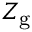
Z _ { \mathrm { g } }